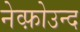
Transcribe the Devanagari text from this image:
नेव्फ़ोउन्द